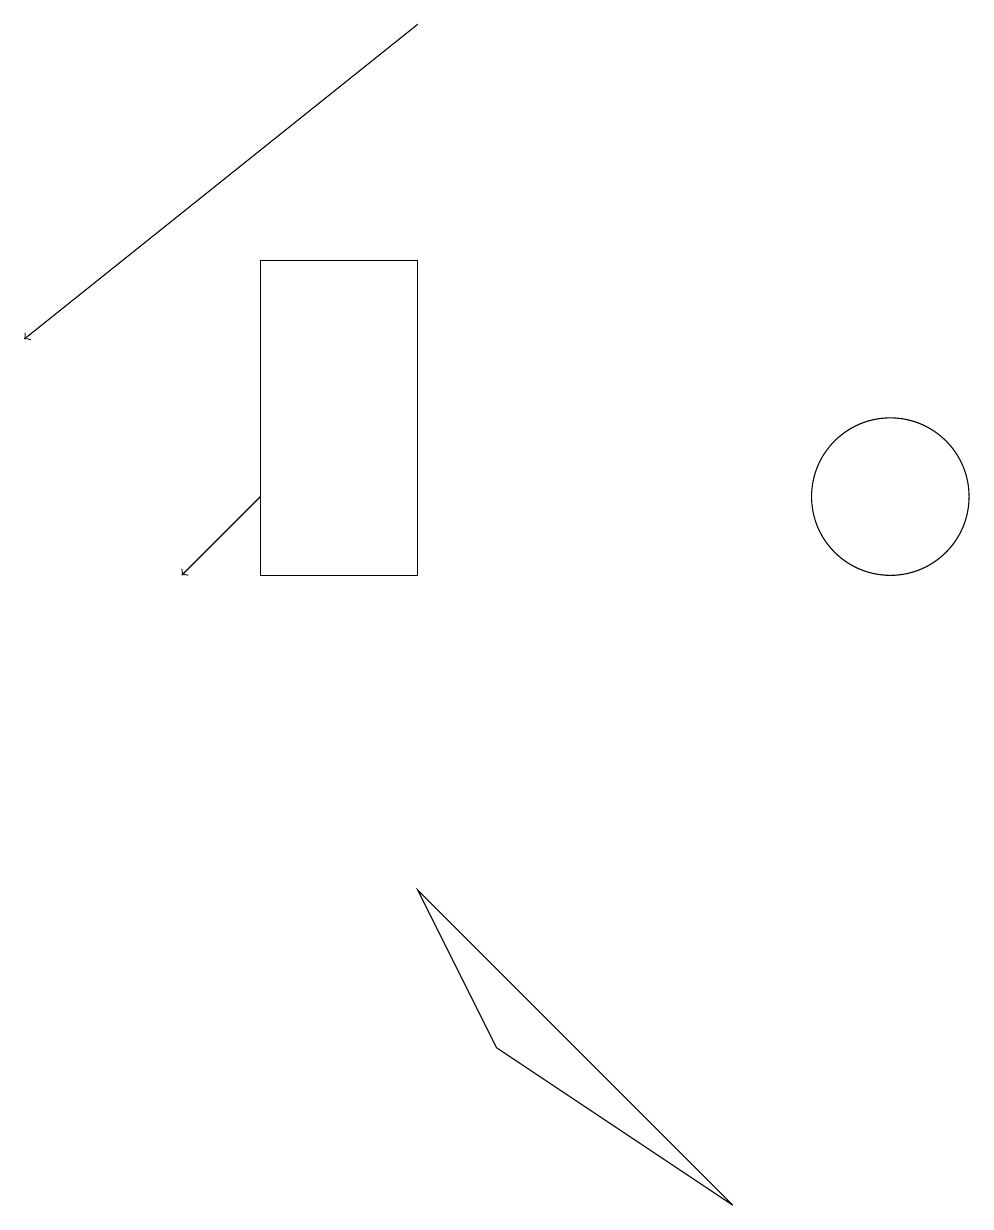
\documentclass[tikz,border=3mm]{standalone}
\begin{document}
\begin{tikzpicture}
\draw[->] (3,12) -- (2,11);
\draw (3,15) rectangle (5,11);
\draw[->] (5,18) -- (0,14);
\draw (9,3) -- (5,7) -- (6,5) -- cycle;
\draw (11,12) circle (1);
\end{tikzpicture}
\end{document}